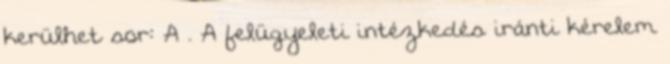
kerülhet sor: A . A felügyeleti intézkedés iránti kérelem